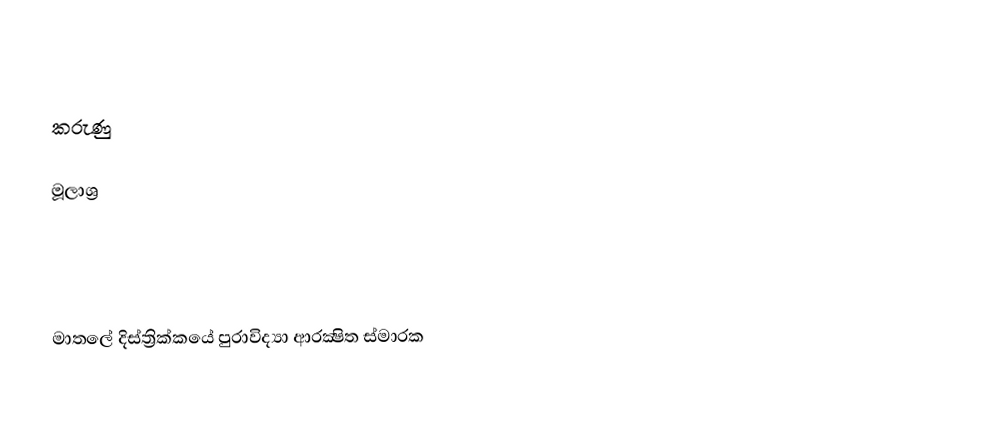

කරුණු

මූලාශ්‍ර

මාතලේ දිස්ත්‍රික්කයේ පුරාවිද්‍යා ආරක්‍ෂිත ස්මාරක